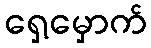
ရှေ့မှောက်